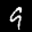
Label: 9